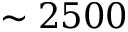
\sim 2 5 0 0